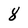
Character: 8